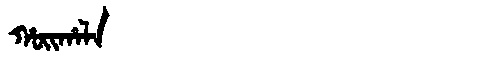
Manchu: ᡥᠣᡳᡥᠠᠯᠠ
Romanization: HOIHALA